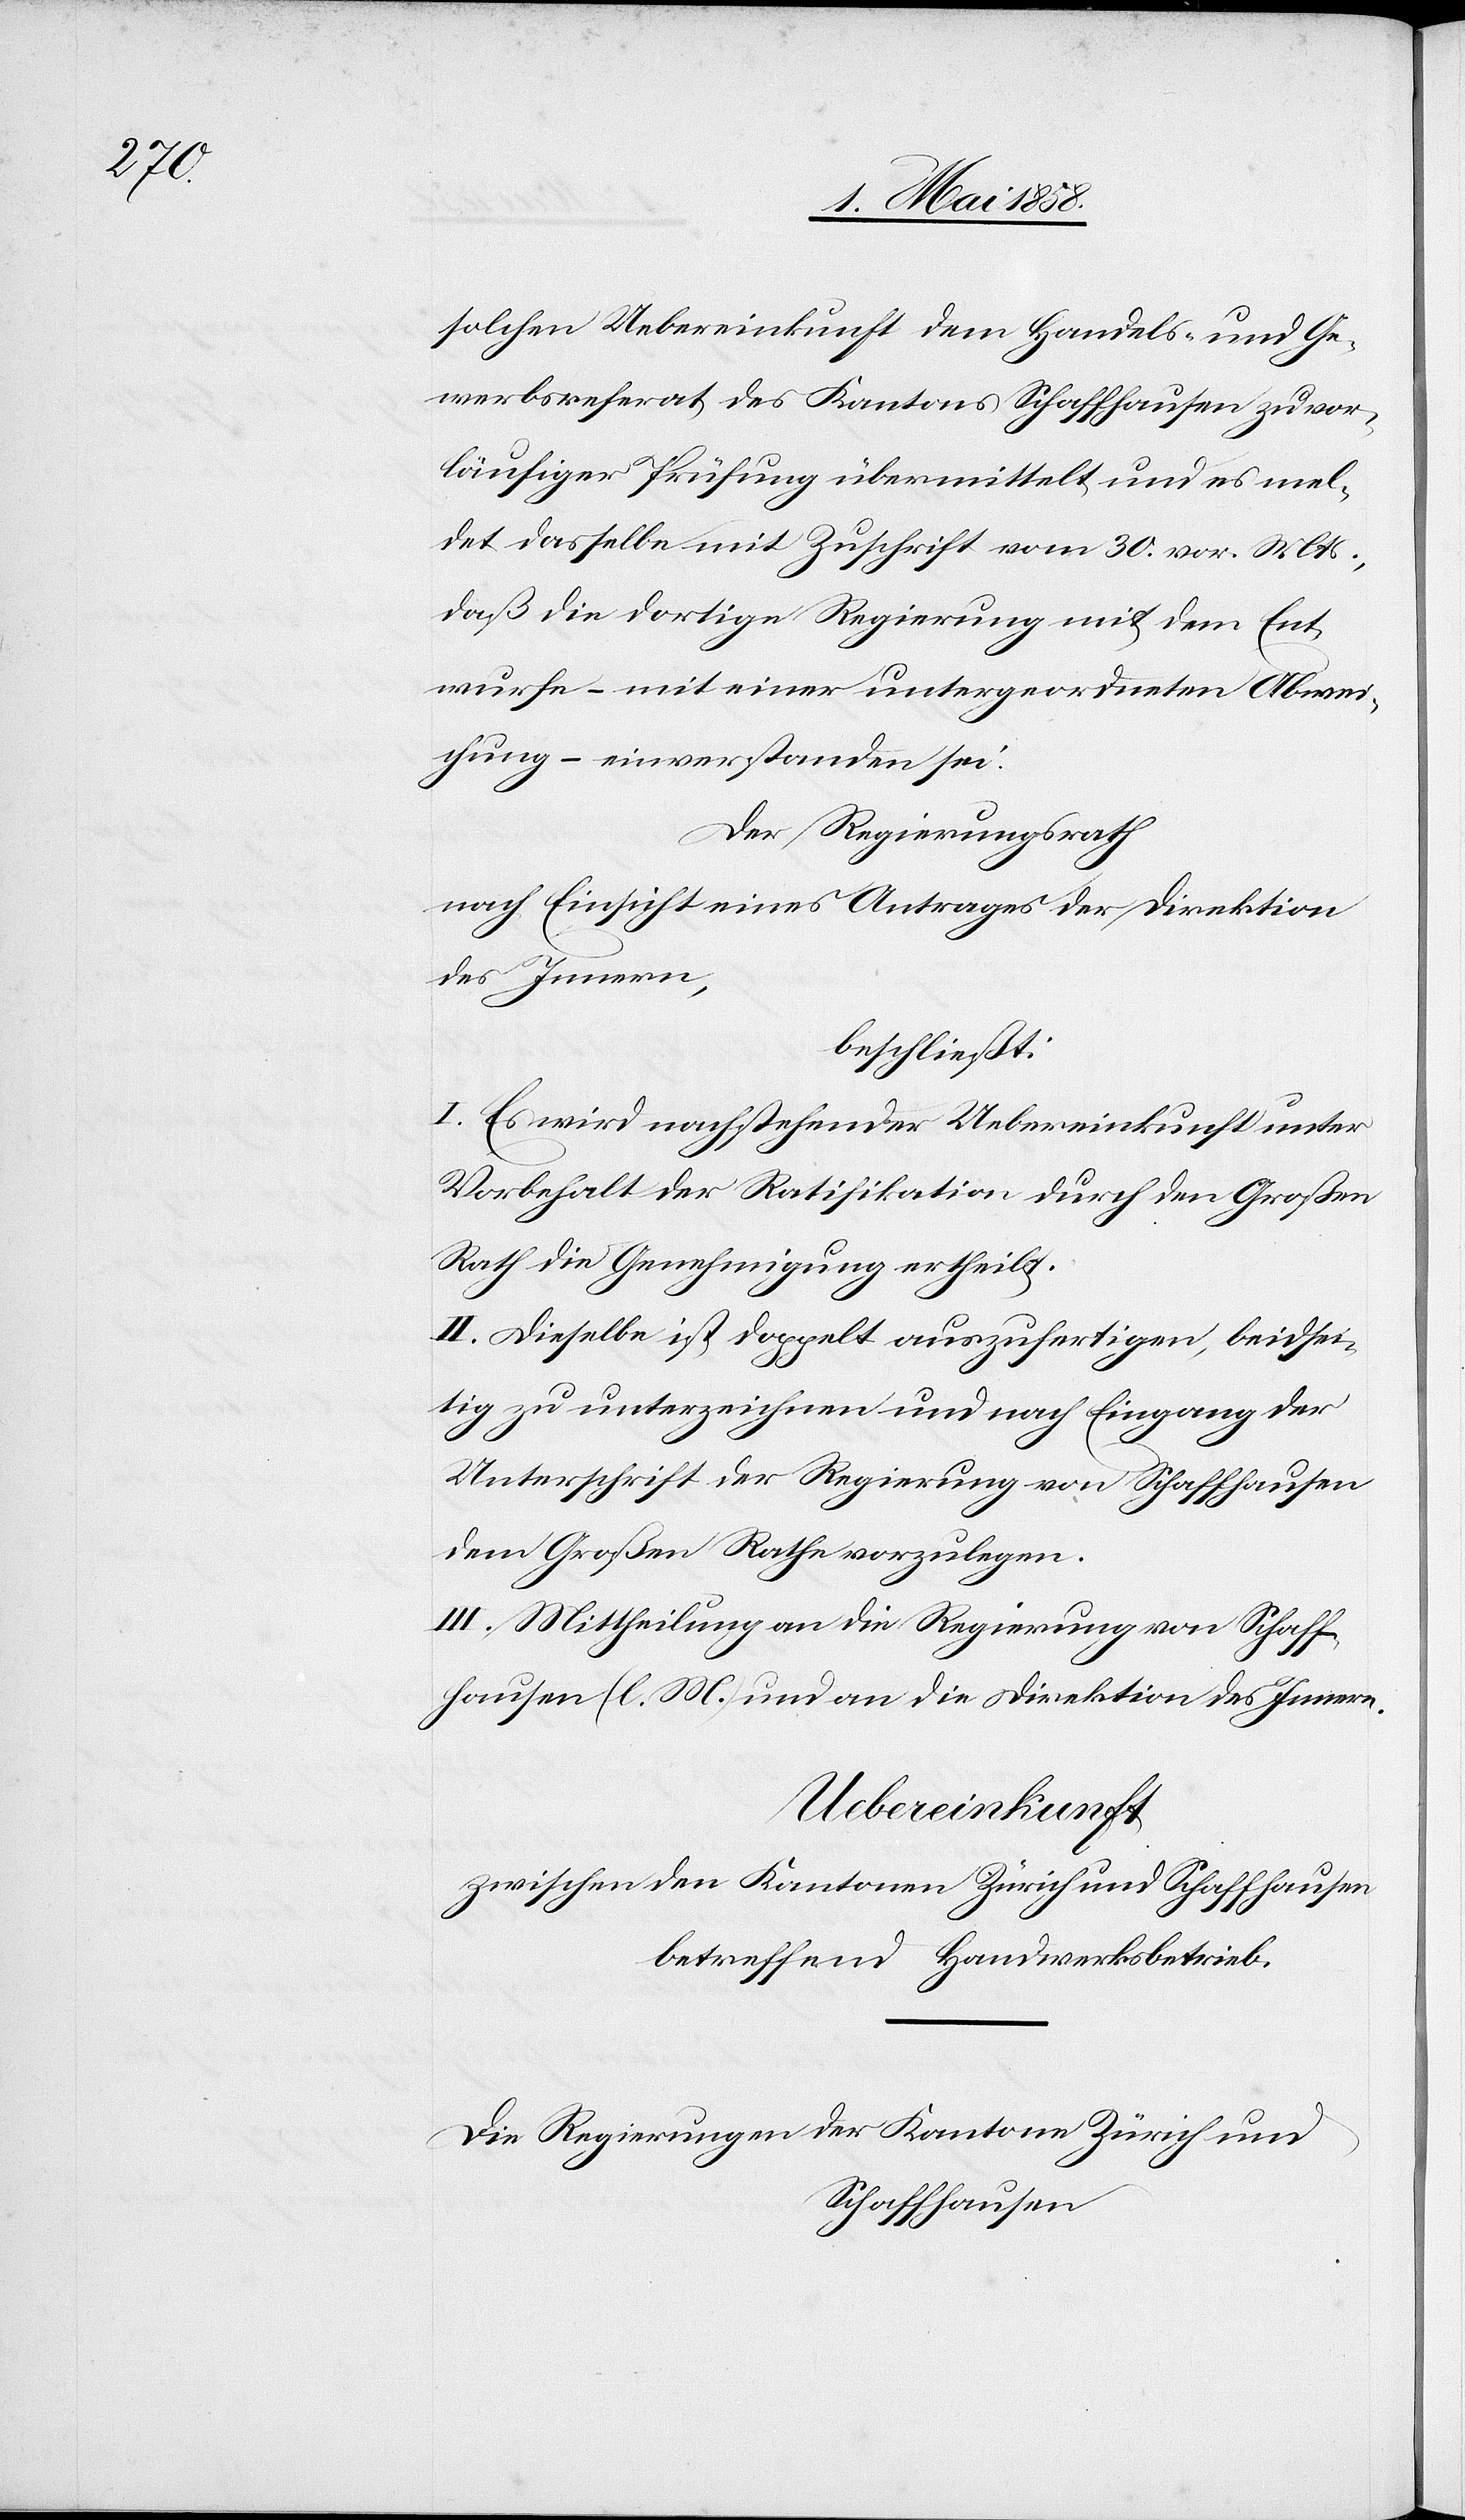
solchen Uebereinkunft dem Handels- und Ge¬
werbsreferat des Kantons Schaffhausen zu vor¬
läufiger Prüfung übermittelt und es mel¬
det dasselbe mit Zuschrift vom 30. vor. Mts.,
daß die dortige Regierung mit dem Ent¬
wurfe – mit einer untergeordneten Abwei¬
chung – einverstanden sei.
Der Regierungsrath
nach Einsicht eines Antrages der Direktion
des Innern,
beschließt:
I. Es wird nachstehender Uebereinkunft unter
Vorbehalt der Ratifikation durch den Großen
Rath die Genehmigung ertheilt.
II. Dieselbe ist doppelt auszufertigen, beidsei¬
tig zu unterzeichnen und nach Eingang der
Unterschrift der Regierung von Schaffhausen
dem Großen Rathe vorzulegen.
III. Mittheilung an die Regierung von Schaff¬
hausen (l. M.) und an die Direktion des Innern.
Uebereinkunft
zwischen den Kantonen Zürich und Schaffhausen
betreffend Handwerksbetrieb.
Die Regierungen der Kantone Zürich und
Schaffhausen